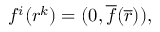
f ^ { i } ( r ^ { k } ) = ( 0 , { \overline { { f } } } ( \overline { { r } } ) ) ,